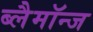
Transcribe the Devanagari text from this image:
ब्लैमॉन्ज